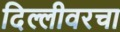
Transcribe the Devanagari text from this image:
दिल्लीवरचा